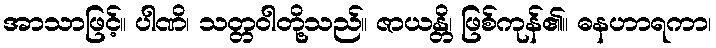
အာသာဖြင့်။ ပါဏိ၊ သတ္တဝါတို့သည်။ ဇာယန္တိ၊ ဖြစ်ကုန်၏။ ဓနဟာရကာ၊